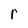
Character: r